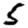
Digit: 5